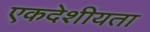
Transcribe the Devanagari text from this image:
एकदेशीयता